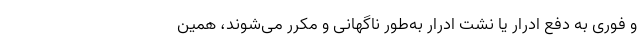
و فوری به دفع ادرار یا نشت ادرار به‌طور ناگهانی و مکرر می‌شوند، همین